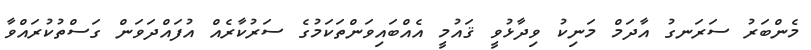
މެންބަރު ސަރަނގު އާދަމް މަނިކު ވިދާޅުވީ ޤައުމީ އެއްބައިވަންތަކަމުގެ ސަރުކާރެއް އުފައްދަވަން ގަސްތުކުރައްވާ